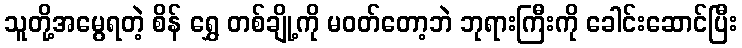
သူတို့အမွေရတဲ့ စိန် ရွှေ တစ်ချို့ကို မဝတ်တော့ဘဲ ဘုရားကြီးကို ခေါင်းဆောင်ပြီး